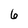
Character: 6